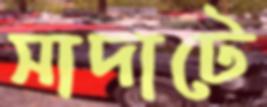
সাদাটে